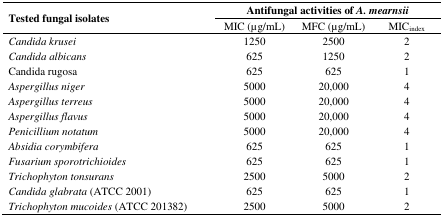
| <ROWSPAN=3> Tested fungal isolates | <COLSPAN=3> Antifungal activities of A. mearnsii |
 | MIC (μg/mL) | MFC (μg/mL) | MICindex |
 | --- | --- | --- | --- |
 | Candida krusei | 1250 | 2500 | 2 |
 | Candida albicans | 625 | 1250 | 2 |
 | Candida rugosa | 625 | 625 | 1 |
 | Aspergillus niger | 5000 | 20,000 | 4 |
 | Aspergillus terreus | 5000 | 20,000 | 4 |
 | Aspergillus flavus | 5000 | 20,000 | 4 |
 | Penicillium notatum | 5000 | 20,000 | 4 |
 | Absidia corymbifera | 625 | 625 | 1 |
 | Fusarium sporotrichioides | 625 | 625 | 1 |
 | Trichophyton tonsurans | 2500 | 5000 | 2 |
 | Candida glabrata (ATCC 2001) | 625 | 625 | 1 |
 | Trichophyton mucoides (ATCC 201382) | 2500 | 5000 | 2 |